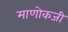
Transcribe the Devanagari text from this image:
माणोकजी